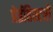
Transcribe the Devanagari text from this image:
प्रेईहिस्टरी